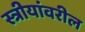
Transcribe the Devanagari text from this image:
स्त्रीयांवरील